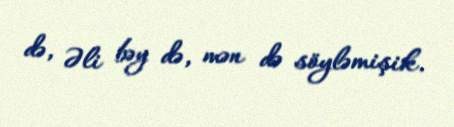
də, Əli bəy də, mən də söyləmişik.